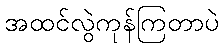
အထင်လွဲကုန်ကြတာပဲ